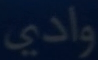
وادي